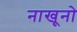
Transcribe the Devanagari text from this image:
नाखूनो